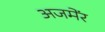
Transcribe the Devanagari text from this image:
अजमेंर